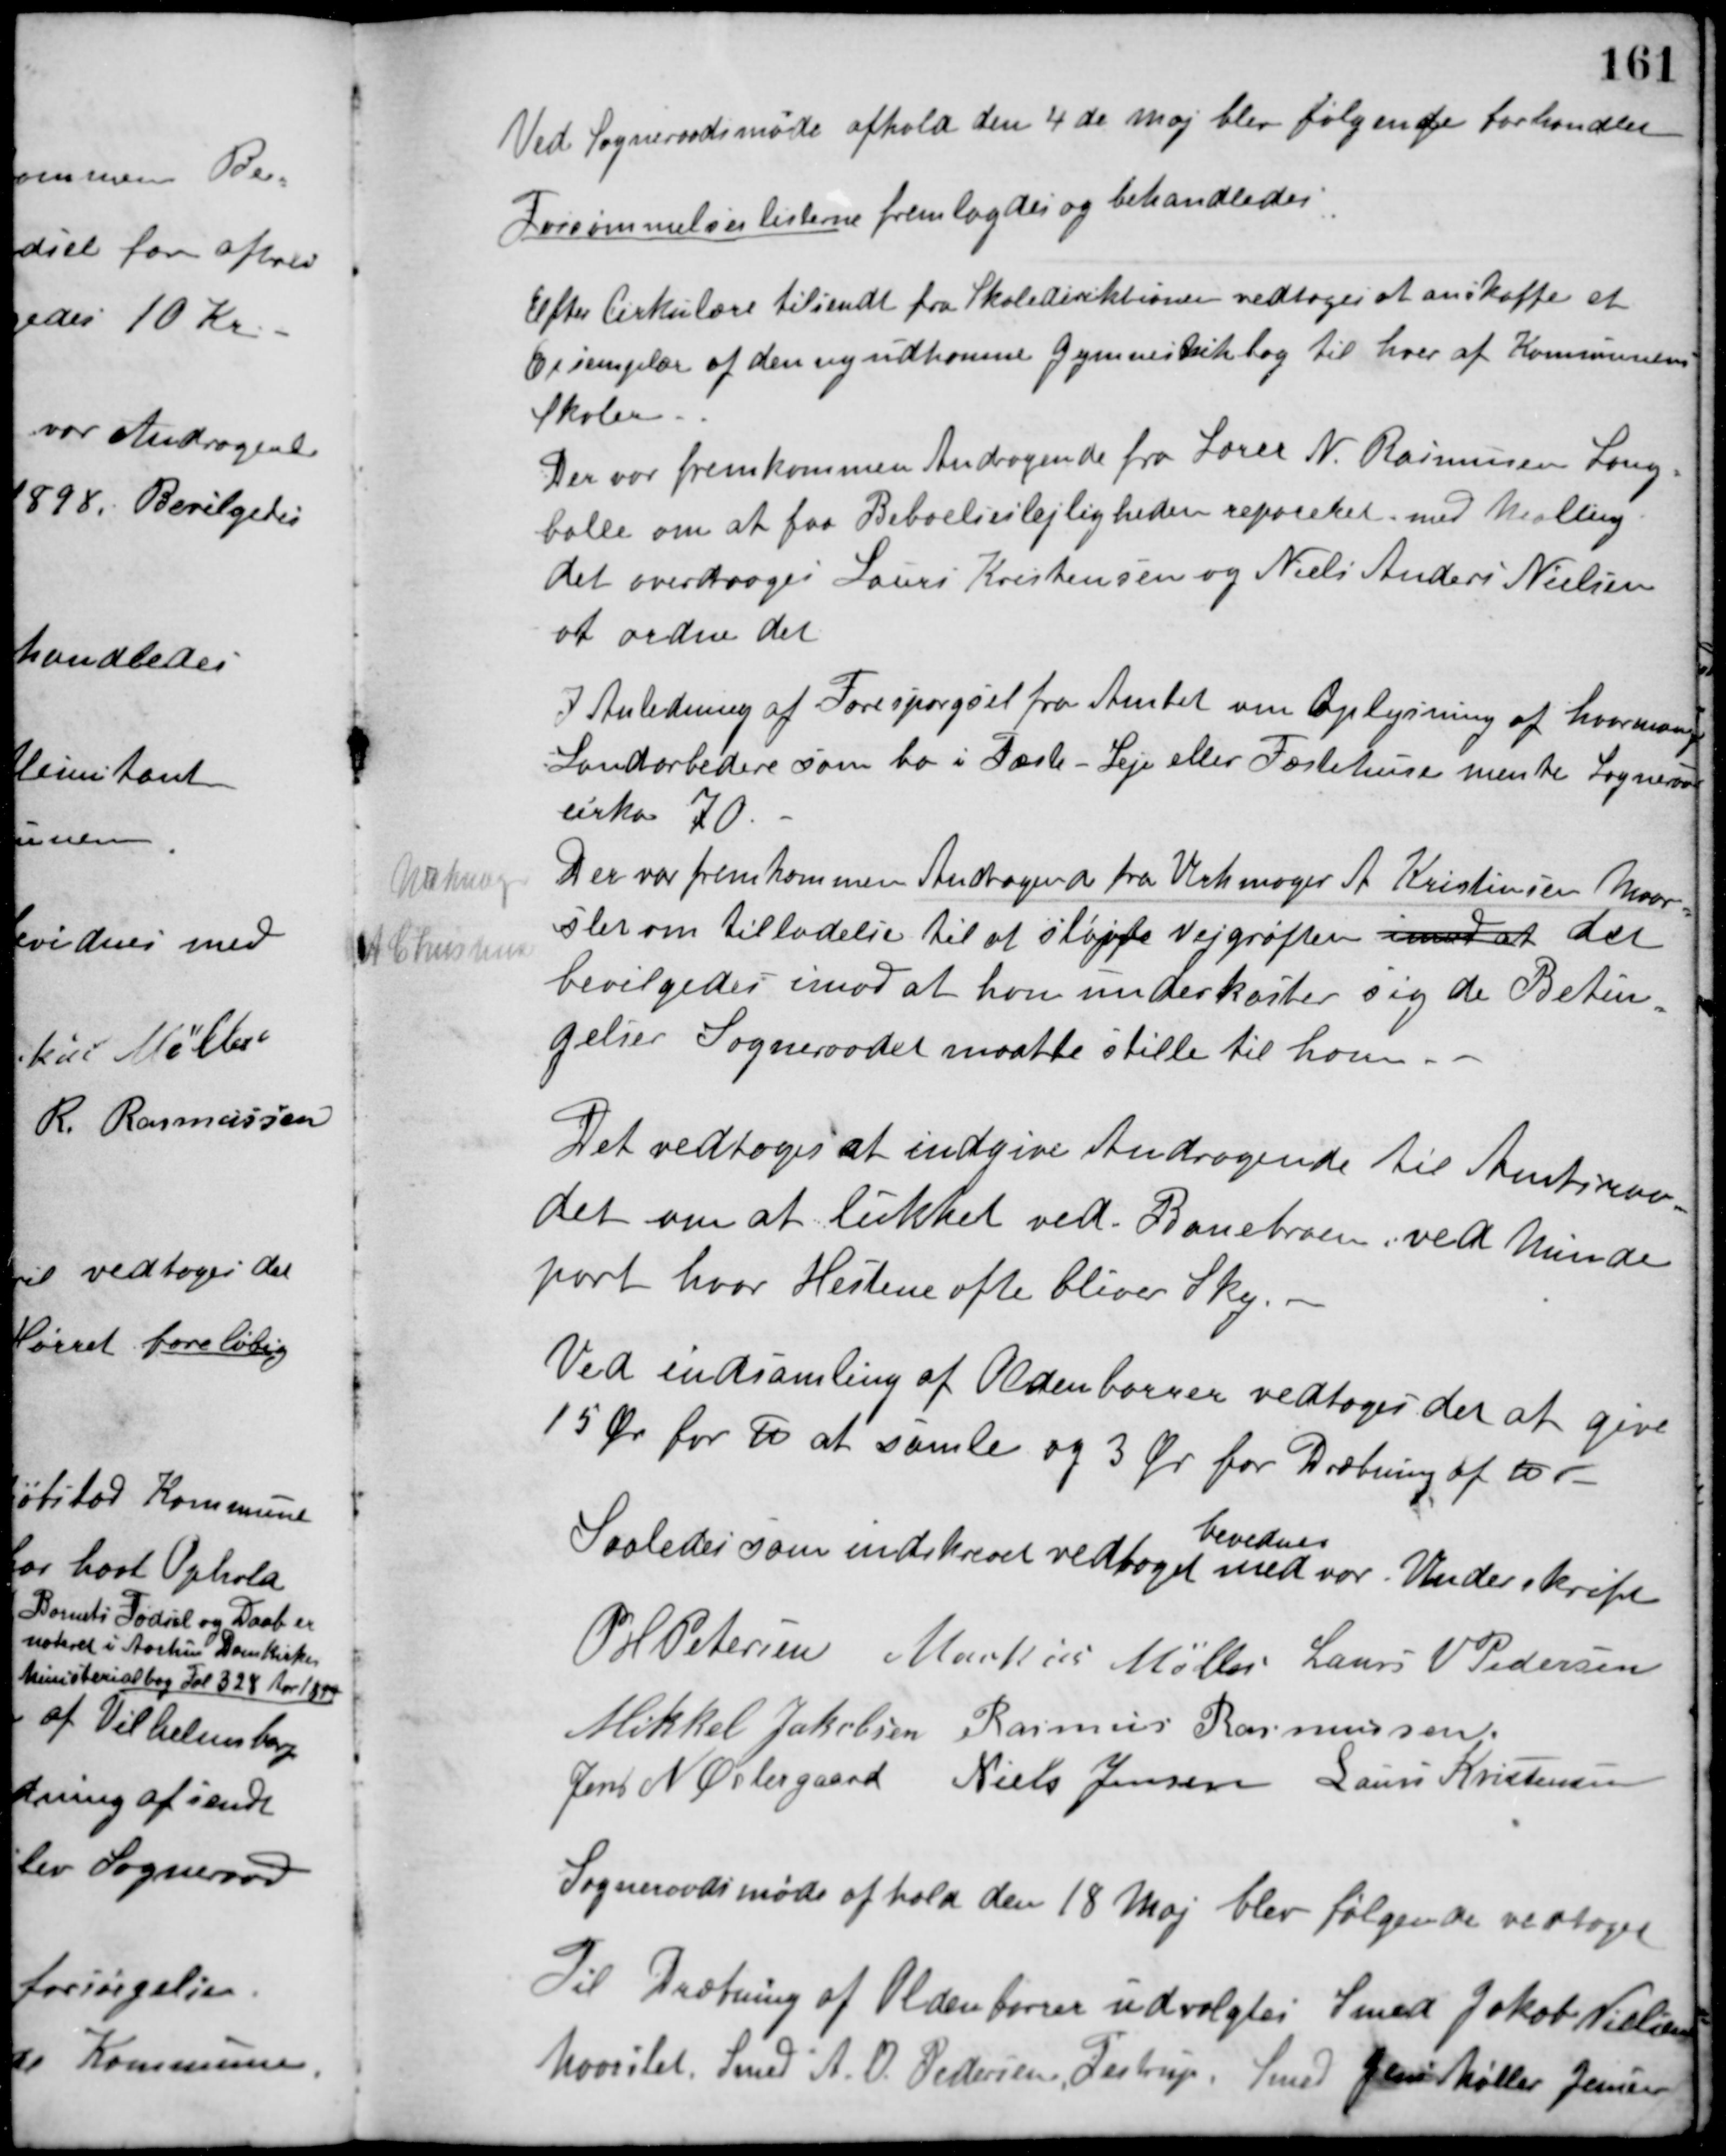
Transskription:
Ved Sogneraadsmøde afhold den 4 de Maj blev følgende forhandlet
Forsømmelseslisterne fremlagdes og behandledes.
Efter Cirkulære tilsendt fra Skoledirektionen vedtoges at anskaffe et
Exsemplar af den nyudkomne Gymnastikbog til hver af Kommunens
Skoler.
Der var fremkommen Andragende fra Lærer N. Rasmussen Lang-
balle om at faa Beboelseslejligheden repareret med Malling.
det overdroges Laurs Kristensen og Niels Anders Nielsen
at ordne det
I Anledning af Forespørgsel fra Amtet om Oplysning af hvor mange
Landarbedere som bo i Fæste - Leje eller Fæstehuse mente Sogneraadet
cirka 70.
Der var fremkommen Andragende fra Urhmager A. Kristensen Maar-
slet om Tilladelse til at sløjfe Vejgrøften imod at det
bevilgedes imod at han underkaster sig de Betin-
gelser Sogneraadet maatte stille til ham.
Urhmager
A Christensen
Det vedtoges at indgive Andragende til Amtsraa-
det om at lukket ved Banebroen ved Minde-
port hvor Hestene ofte bliver Sky.
Ved indsamling af Oldenborrer vedtoges det at give
15 Øre for ℔ at samle og 3 Øre for Dræbning af ℔
Saaledes som indskrevet vedtaget
bevidnes
med vor Underskrift
P. H. Petersen Markus Møller Laurs V. Pedersen
Mikkel Jakobsen Rasmus Rasmussen
Jens N. Østergaard Niels Jensen Laurs Kristensen
Sogneraadsmøde afhold den 18 Maj blev følgende vedtaget
Til Dræbning af Oldenborrer udvalgtes Smed Jakob Nielsen,
Maarslet, Smed A. O. Pedersen, Testrup, Smed Jens Møller Jensen